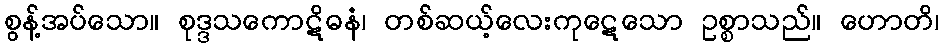
စွန့်အပ်သော။ စုဒ္ဒသကောဋိဓနံ၊ တစ်ဆယ့်လေးကုဋေသော ဥစ္စာသည်။ ဟောတိ၊